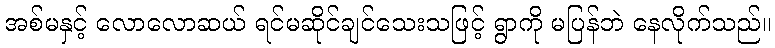
အစ်မနှင့် လောလောဆယ် ရင်မဆိုင်ချင်သေးသဖြင့် ရွာကို မပြန်ဘဲ နေလိုက်သည်။